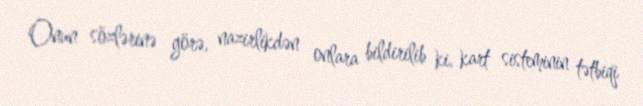
Onun sözlərinə görə, nazirlikdən onlara bildirilib ki, kart sisteminin tətbiqi